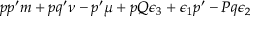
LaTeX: p p ^ { \prime } m + p q ^ { \prime } \nu - p ^ { \prime } \mu + p Q \epsilon _ { 3 } + \epsilon _ { 1 } p ^ { \prime } - P q \epsilon _ { 2 }